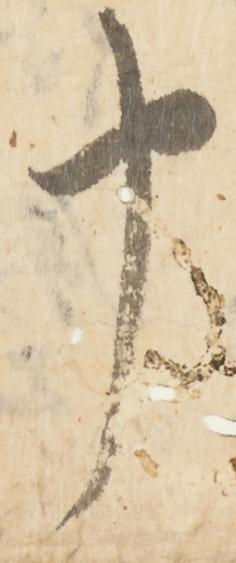
申